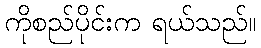
ကိုစည်ပိုင်းက ရယ်သည်။